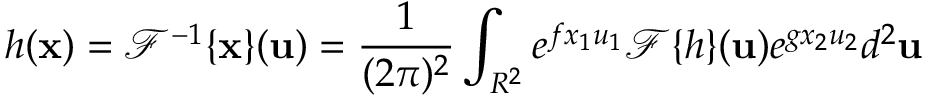
h ( { \bf x } ) = { \mathcal F } ^ { - 1 } \{ { \bf x } \} ( { \bf u } ) = \frac { 1 } { ( 2 \pi ) ^ { 2 } } \int _ { R ^ { 2 } } e ^ { f x _ { 1 } u _ { 1 } } { \mathcal F } \{ h \} ( { \bf u } ) e ^ { g x _ { 2 } u _ { 2 } } d ^ { 2 } { \bf u }